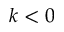
k < 0